Tartu_pedagoogiumi_aruanded, lk 20
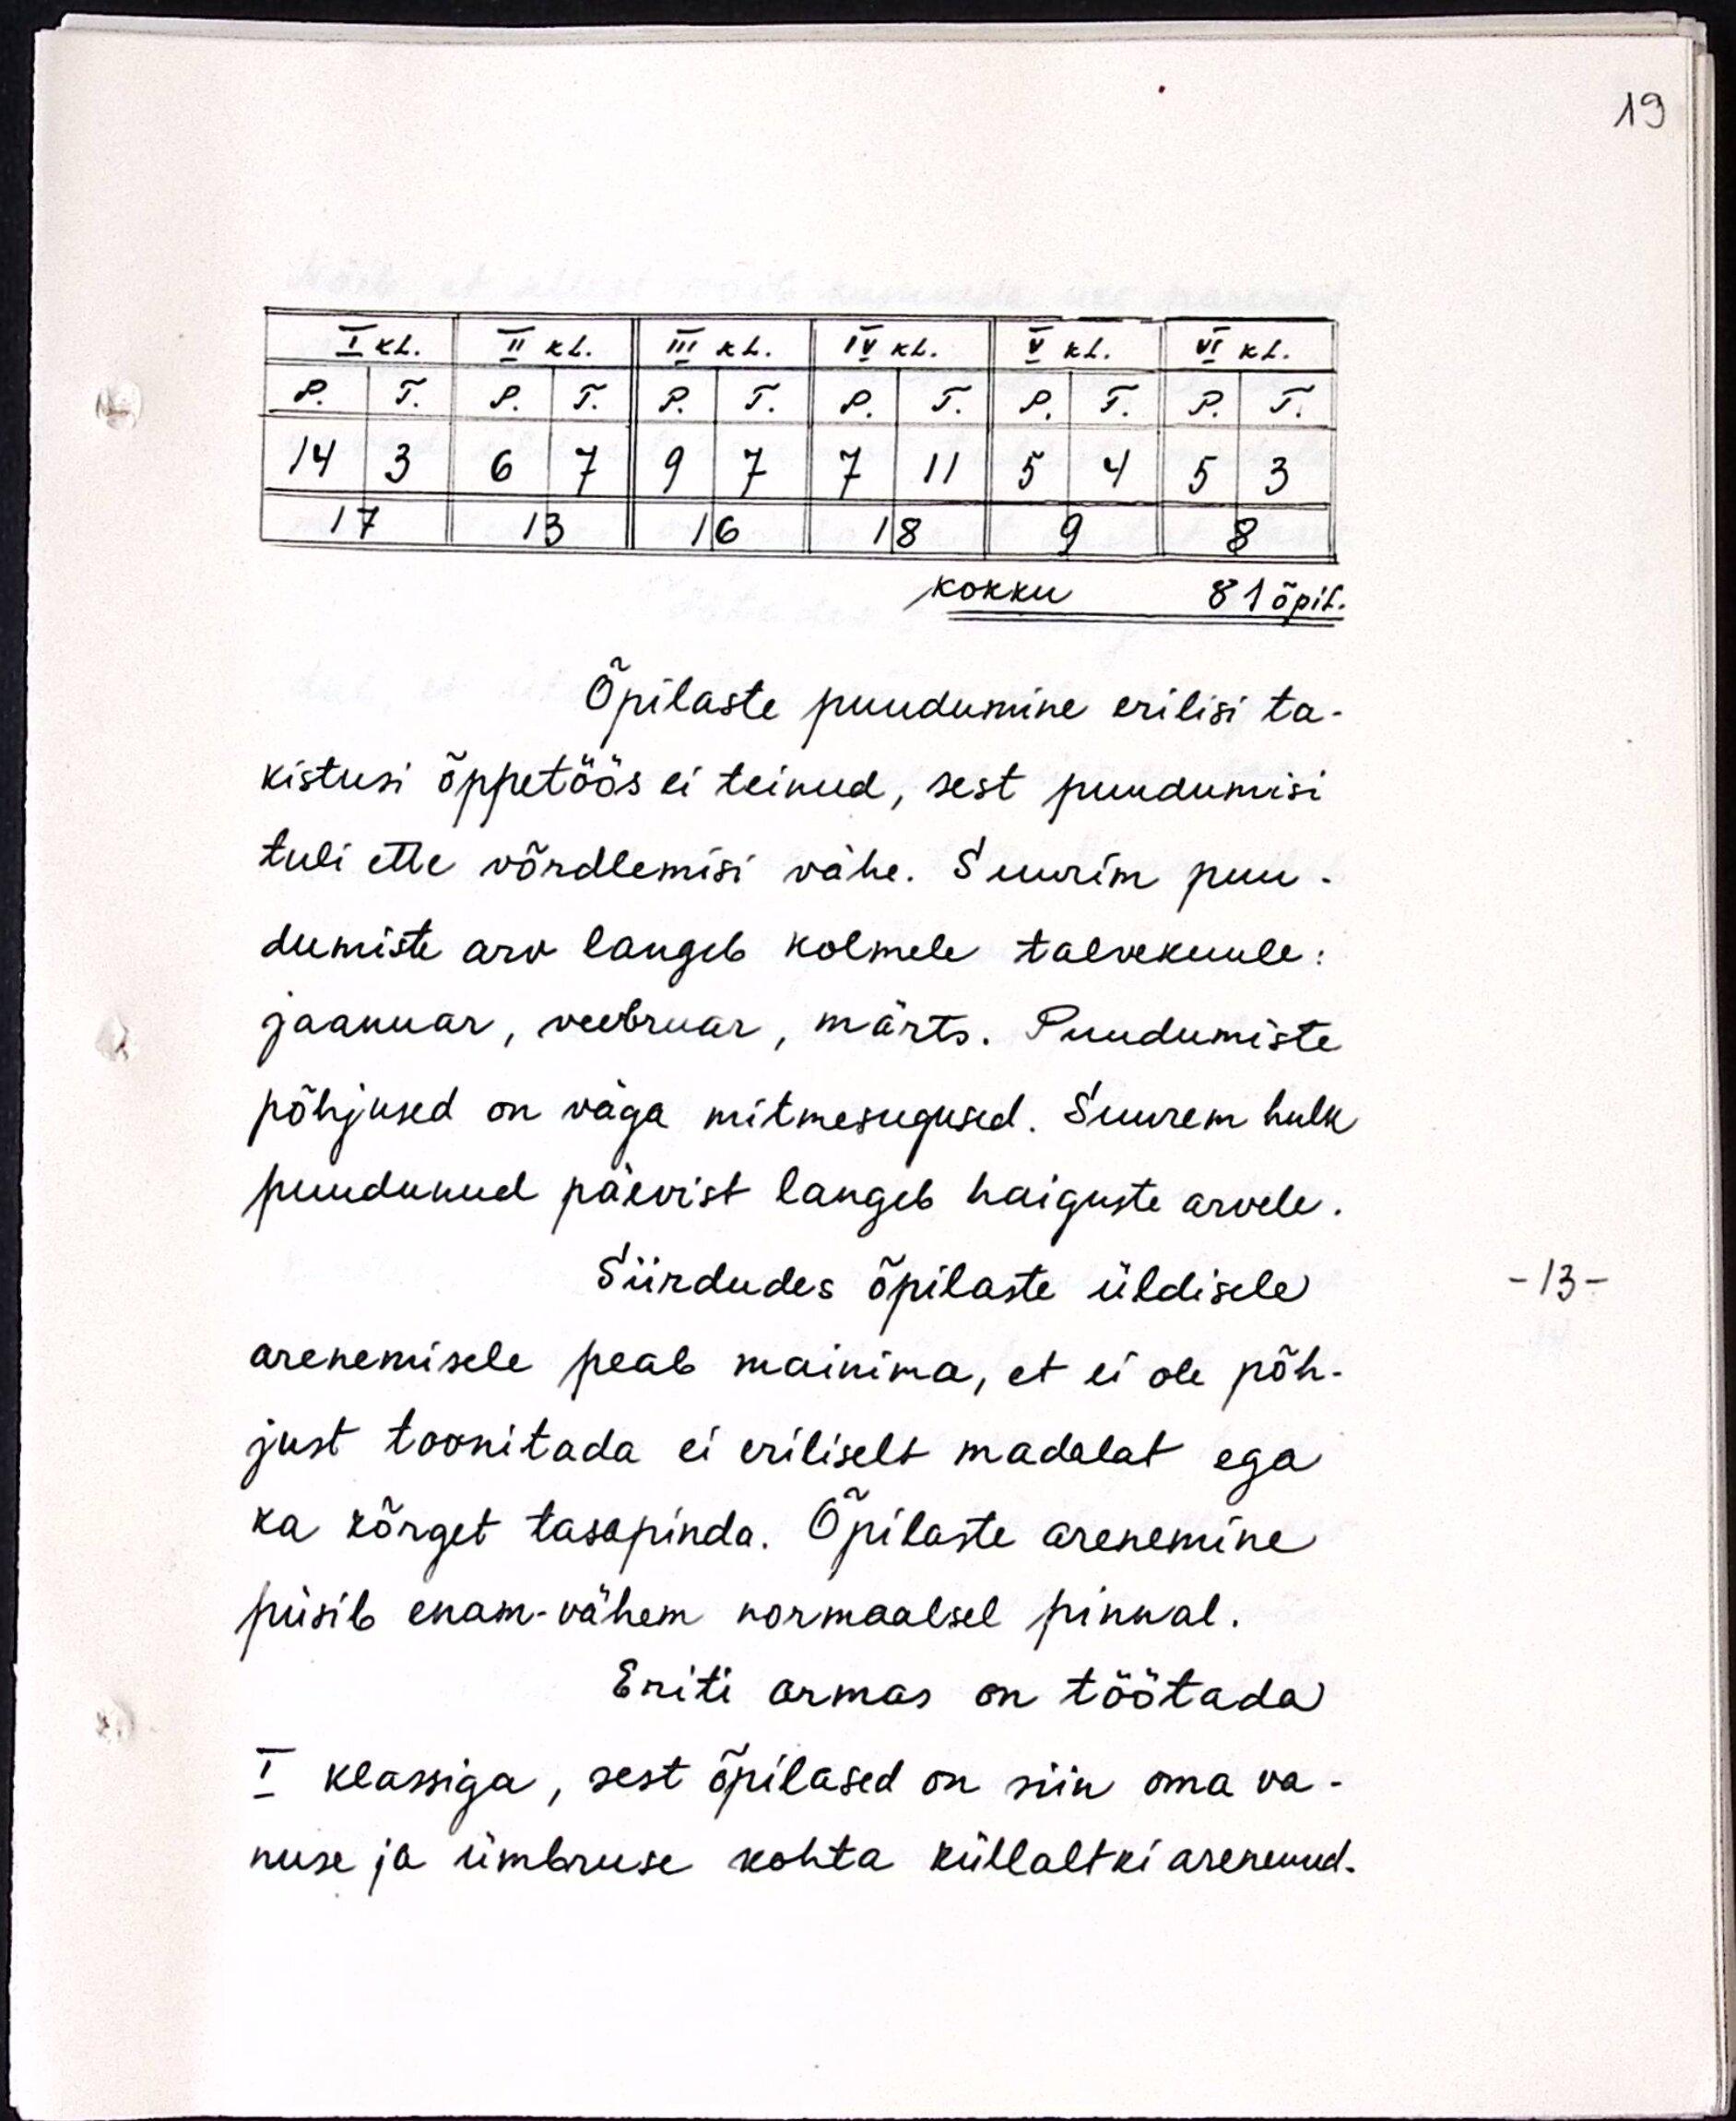
Õpilaste puudumine erilisi ta-
kistusi õppetöös ei teinud, sest puudumisi
tuli ette võrdlemisi vähe. Suurim puu-
dumiste arv langeb kolmele talvekuule:
jaanuar, veebruar, märts. Puudumiste
põhjused on väga mitmesugused. Suurem hulk
puudunud päevist langeb haiguste arvele.
Siirdudes õpilaste üldisele
arenemisele peab mainima, et ei ole põh-
just toonitada ei eriliselt madalat ega
ka kõrget tasapinda. Õpilaste arenemine
püsib enam-vähem normaalsel pinnal.
Eriti armas on töötada
I klassiga, sest õpilased on siin oma va-
nuse ja ümbruse kohta küllaltki arenenud.